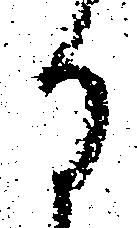
に